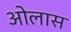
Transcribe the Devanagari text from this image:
ओलास